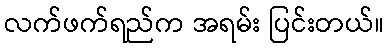
လက်ဖက်ရည်က အရမ်း ပြင်းတယ်။